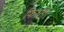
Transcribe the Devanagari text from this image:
फिरती।